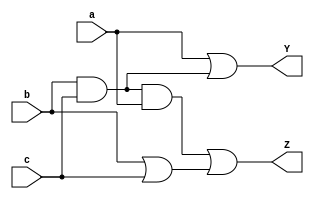
module YZ_dut(a, b, c, Y, Z);

    input  a, b, c;
    
    output Y, Z;
    
    wire  e, f, g;
    
    
    
    and A1(e, b, c);
    and A2(f, e, a);
    or O1(g, b, c);
    or O2(Y, a, e );
    or O3(Z, f, g);
     
endmodule   


module testbench;

    reg ta, tb, tc;
    
    wire ty,tz;
    
    YZ_dut inst(ta, tb, tc, ty, tz);
    
    initial 
    begin
    
       ta = 1'b0;
       tb = 1'b0;
       tc = 1'b0;
       
       //$display("                time: ta tb tc : ty : tz");
       #10 tc = 1'b1;
       
       #10 tb = 1'b1; tc = 1'b0;
       
       #10  tc = 1'b1;
       
       #10 ta = 1'b1; tb = 1'b0; tc = 1'b0;
       
       #10 tc = 1'b1;
       
       #10 tb = 1'b1; tc = 1'b0;
       
       #10 tc = 1'b1;
       
       
    end
    
    
      
    initial
    begin
     // $monitor($time, ": ", ta,"  ", tb,"  ", tc,"  ", ":", " ",ty,"  ", ":"," ", tz);
      #100 $finish;
    end
    
    
endmodule